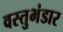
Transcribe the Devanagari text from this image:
वस्तुभंडार